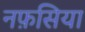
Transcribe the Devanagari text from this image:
नफ़सिया